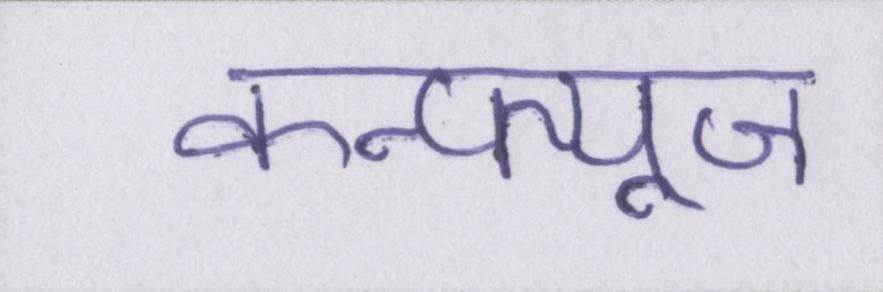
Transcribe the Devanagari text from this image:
कन्फ्यूज